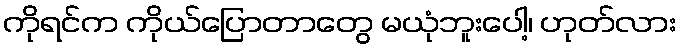
ကိုရင်က ကိုယ်ပြောတာတွေ မယုံဘူးပေါ့၊ ဟုတ်လား